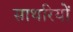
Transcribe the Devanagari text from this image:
साथरियों